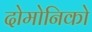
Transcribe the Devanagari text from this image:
दोमोनिको